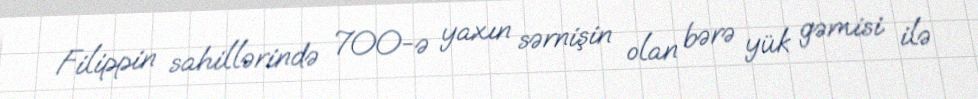
Filippin sahillərində 700-ə yaxın sərnişin olan bərə yük gəmisi ilə